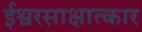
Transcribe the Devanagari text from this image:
ईश्वरसाक्षात्कार